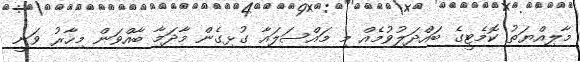
މާލިއްޔަތު ކޮމެޓީގެ ބައްދަލުވުމެއް މި މައްސަލައާ ގުޅިގެން މާދަމާ ބާއްވަން މިހާރު ވަނީ